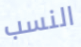
النسب